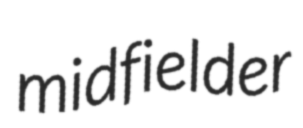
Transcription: midfielder